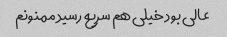
عالی بود خیلی هم سریع رسید ممنونم